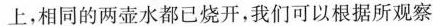
上，相同的两壶水都已烧开，我们可以根据所观察